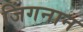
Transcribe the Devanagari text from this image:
जिंगनान